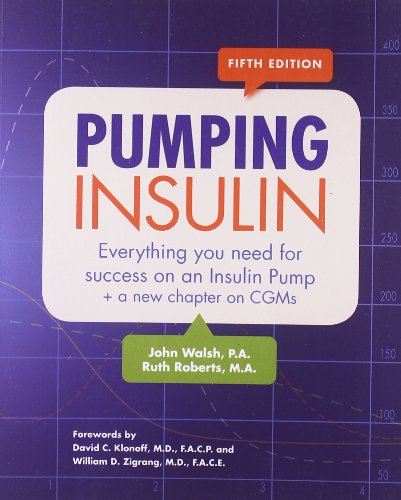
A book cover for Pumping Insulin: Everything You Need to Succeed on an Insulin Pump; John Walsh; Health, Fitness & Dieting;